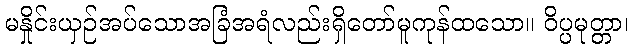
မနှိုင်းယှဉ်အပ်သောအခြံအရံလည်းရှိတော်မူကုန်ထသော။ ဝိပ္ပမုတ္တာ၊